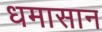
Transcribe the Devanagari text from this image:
धमासान